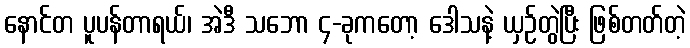
နောင်တ ပူပန်တာရယ်၊ အဲဒီ သဘော ၄-ခုကတော့ ဒေါသနဲ့ ယှဉ်တွဲပြီး ဖြစ်တတ်တဲ့